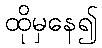
ထိုမှနေ၍